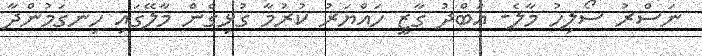
ނަސްރު ސޯލިހު މާލެ- އަބްދު ގާޒީ ހައްޔަރު ކުރުމާ ގުޅިގެން މާލޭގައި ހިނގަމުންދާ